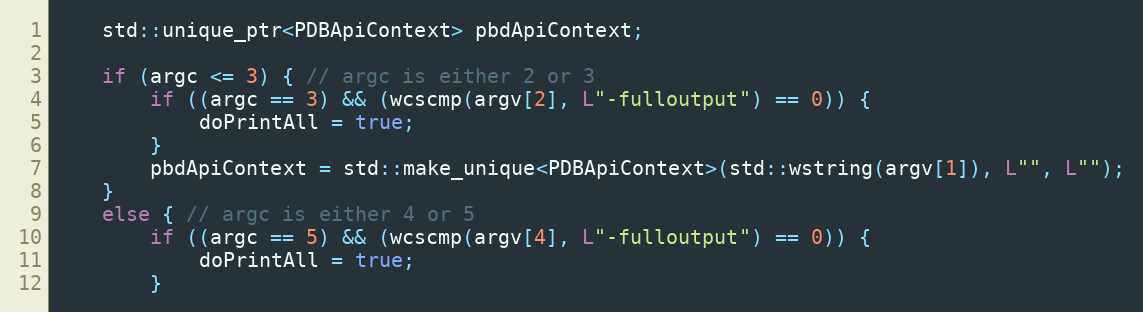
Language: C++
	std::unique_ptr<PDBApiContext> pbdApiContext;

	if (argc <= 3) { // argc is either 2 or 3
		if ((argc == 3) && (wcscmp(argv[2], L"-fulloutput") == 0)) {
			doPrintAll = true;
		}
		pbdApiContext = std::make_unique<PDBApiContext>(std::wstring(argv[1]), L"", L"");
	}
	else { // argc is either 4 or 5
		if ((argc == 5) && (wcscmp(argv[4], L"-fulloutput") == 0)) {
			doPrintAll = true;
		}